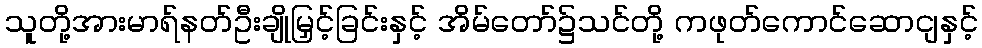
သူတို့အားမာရ်နတ်ဦးချိုမြှင့်ခြင်းနှင့် အိမ်တော်၌သင်တို့ ကဖုတ်ကောင်ဆောငျနှင့်